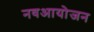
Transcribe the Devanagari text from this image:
नवआयोजन